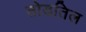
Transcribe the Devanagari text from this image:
तोडतिल